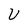
Character: U